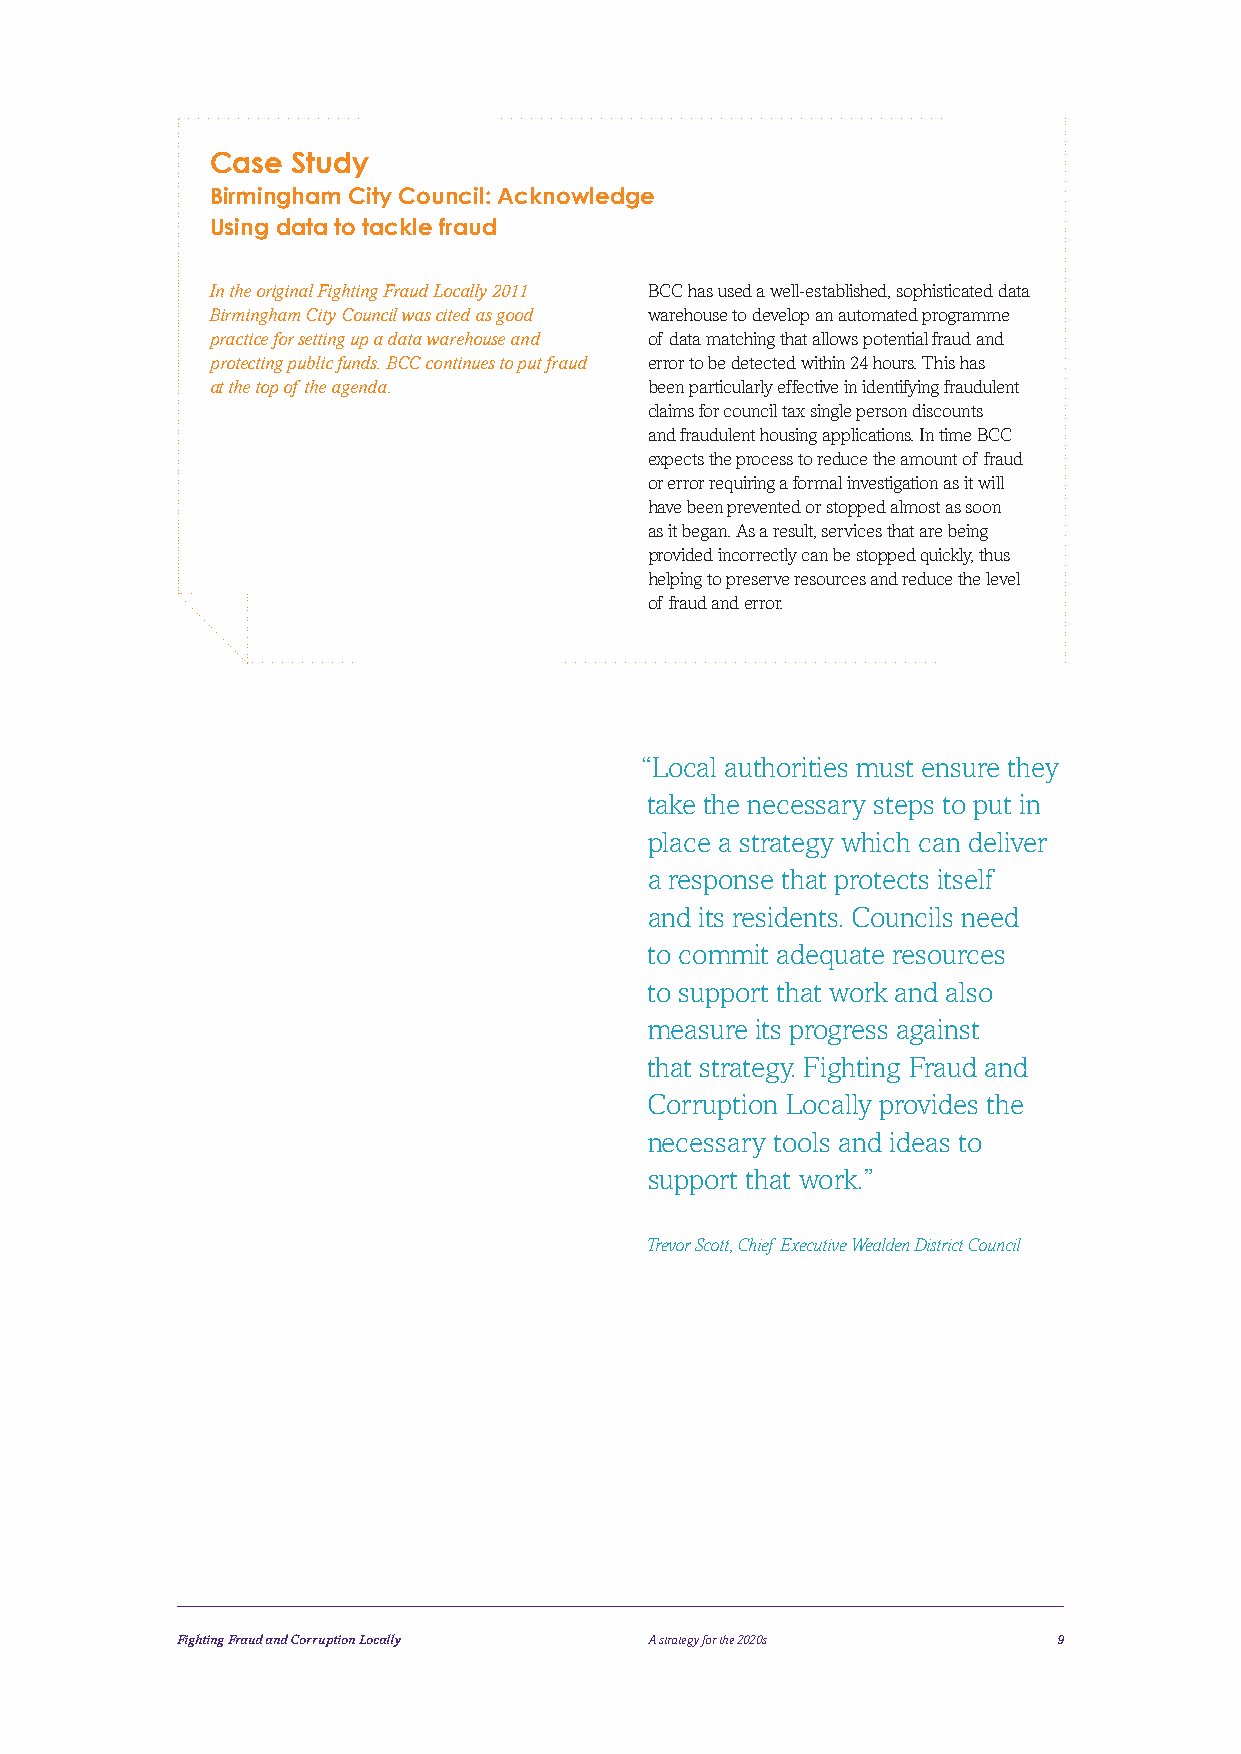
Case Study
 Birmingham City Council: Acknowledge
 Using data to tackle fraud
 In the original Fighting Fraud Locally 2011 BCC has used a well-established, sophisticated data
 Birmingham City Council was cited as good warehouse to develop an automated programme
 practice for setting up a data warehouse and of data matching that allows potential fraud and
 protecting public funds. BCC continues to put fraud error to be detected within 24 hours. This has
 at the top of the agenda.    been particularly effective in identifying fraudulent
 claims for council tax single person discounts
 and fraudulent housing applications. In time BCC
 expects the process to reduce the amount of fraud
 or error requiring a formal investigation as it will
 have been prevented or stopped almost as soon
 as it began. As a result, services that are being
 provided incorrectly can be stopped quickly, thus
 helping to preserve resources and reduce the level
 of fraud and error.
 “Local authorities must ensure they
 take the necessary steps to put in
 place a strategy which can deliver
 a response that protects itself
 and its residents. Councils need
 to commit adequate resources
 to support that work and also
 measure its progress against
 that strategy. Fighting Fraud and
 Corruption Locally provides the
 necessary tools and ideas to
 support that work.”
 Trevor Scott, Chief Executive Wealden District Council
 Fighting Fraud and Corruption Locally A strategy for the 2020s 9